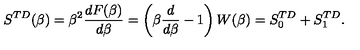
S ^ { T D } ( \beta ) = \beta ^ { 2 } { \frac { d F ( \beta ) } { d \beta } } = \left( \beta { \frac { d } { d \beta } } - 1 \right) W ( \beta ) = S _ { 0 } ^ { T D } + S _ { 1 } ^ { T D } .